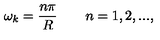
\omega _ { k } = \frac { n \pi } { R } \qquad n = 1 , 2 , . . . ,